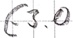
Text: E3.0